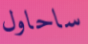
ساحاول